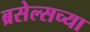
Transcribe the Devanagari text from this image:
ब्रसेल्सच्या